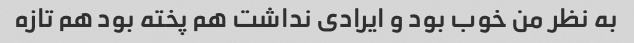
به نظر من خوب بود و ایرادی نداشت هم پخته بود هم تازه